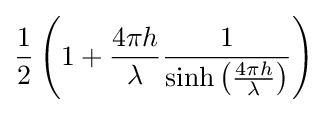
{\frac {1}{2}}\left(1+{\frac {4\pi h}{\lambda }}{\frac {1}{\sinh \left({\frac {4\pi h}{\lambda }}\right)}}\right)